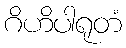
ဂိဟိပါရုတံ